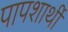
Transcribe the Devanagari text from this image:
पापशार्थी